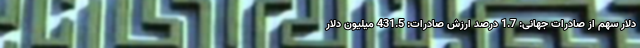
دلار سهم از صادرات جهانی: 1.7 درصد ارزش صادرات: 431.5 میلیون دلار